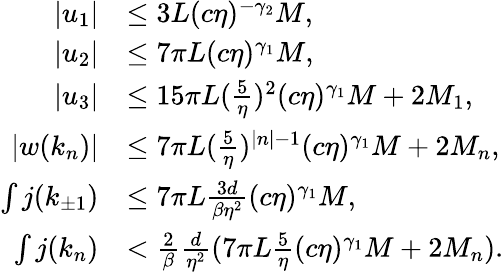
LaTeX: \begin{array}{rl}{\vert u_{1}\vert}&{\le 3L(c\eta)^{-\gamma_{2}}M,}\\ {\vert u_{2}\vert}&{\le 7\pi L(c\eta)^{\gamma_{1}}M,}\\ {\vert u_{3}\vert}&{\le 15\pi L(\frac 5\eta)^{2}(c\eta)^{\gamma_{1}}M+2M_{1},}\\ {\vert w(k_{n})\vert}&{\le 7\pi L(\frac 5\eta)^{\vert n\vert-1}(c\eta)^{\gamma_{1}}M+2M_{n},}\\ {\int j(k_{\pm 1})}&{\le 7\pi L\frac{3d}{\beta\eta^{2}}(c\eta)^{\gamma_{1}}M,}\\ {\int j(k_{n})}&{<\frac 2\beta\frac d{\eta^{2}}(7\pi L\frac 5\eta(c\eta)^{\gamma_{1}}M+2M_{n}).}\end{array}